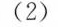
(2)